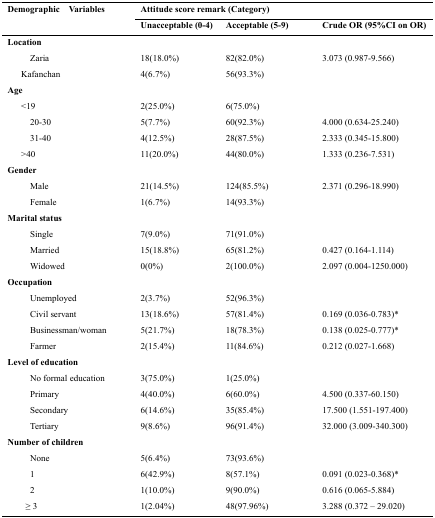
<table><thead><tr><td rowspan="2"><b>Demographic Variables</b></td><td colspan="3"><b>Attitude score remark (Category)</b></td></tr><tr><td><b>Unacceptable (0-4)</b></td><td><b>Acceptable (5-9)</b></td><td><b>Crude OR (95%CI on OR)</b></td></tr></thead><tbody><tr><td colspan="4"><b>Location</b></td></tr><tr><td>Zaria</td><td>18(18.0%)</td><td>82(82.0%)</td><td>3.073 (0.987-9.566)</td></tr><tr><td>Kafanchan</td><td>4(6.7%)</td><td>56(93.3%)</td><td></td></tr><tr><td colspan="4"><b>Age</b></td></tr><tr><td>&lt;19</td><td>2(25.0%)</td><td>6(75.0%)</td><td></td></tr><tr><td>20-30</td><td>5(7.7%)</td><td>60(92.3%)</td><td>4.000 (0.634-25.240)</td></tr><tr><td>31-40</td><td>4(12.5%)</td><td>28(87.5%)</td><td>2.333 (0.345-15.800)</td></tr><tr><td>&gt;40</td><td>11(20.0%)</td><td>44(80.0%)</td><td>1.333 (0.236-7.531)</td></tr><tr><td colspan="4"><b>Gender</b></td></tr><tr><td>Male</td><td>21(14.5%)</td><td>124(85.5%)</td><td>2.371 (0.296-18.990)</td></tr><tr><td>Female</td><td>1(6.7%)</td><td>14(93.3%)</td><td></td></tr><tr><td colspan="4"><b>Marital status</b></td></tr><tr><td>Single</td><td>7(9.0%)</td><td>71(91.0%)</td><td></td></tr><tr><td>Married</td><td>15(18.8%)</td><td>65(81.2%)</td><td>0.427 (0.164-1.114)</td></tr><tr><td>Widowed</td><td>0(0%)</td><td>2(100.0%)</td><td>2.097 (0.004-1250.000)</td></tr><tr><td colspan="4"><b>Occupation</b></td></tr><tr><td>Unemployed</td><td>2(3.7%)</td><td>52(96.3%)</td><td></td></tr><tr><td>Civil servant</td><td>13(18.6%)</td><td>57(81.4%)</td><td>0.169 (0.036-0.783)*</td></tr><tr><td>Businessman/woman</td><td>5(21.7%)</td><td>18(78.3%)</td><td>0.138 (0.025-0.777)*</td></tr><tr><td>Farmer</td><td>2(15.4%)</td><td>11(84.6%)</td><td>0.212 (0.027-1.668)</td></tr><tr><td colspan="4"><b>Level of education</b></td></tr><tr><td>No formal education</td><td>3(75.0%)</td><td>1(25.0%)</td><td></td></tr><tr><td>Primary</td><td>4(40.0%)</td><td>6(60.0%)</td><td>4.500 (0.337-60.150)</td></tr><tr><td>Secondary</td><td>6(14.6%)</td><td>35(85.4%)</td><td>17.500 (1.551-197.400)</td></tr><tr><td>Tertiary</td><td>9(8.6%)</td><td>96(91.4%)</td><td>32.000 (3.009-340.300)</td></tr><tr><td colspan="4"><b>Number of children</b></td></tr><tr><td>None</td><td>5(6.4%)</td><td>73(93.6%)</td><td></td></tr><tr><td>1</td><td>6(42.9%)</td><td>8(57.1%)</td><td>0.091 (0.023-0.368)*</td></tr><tr><td>2</td><td>1(10.0%)</td><td>9(90.0%)</td><td>0.616 (0.065-5.884)</td></tr><tr><td>≥ 3</td><td>1(2.04%)</td><td>48(97.96%)</td><td>3.288 (0.372 – 29.020)</td></tr></tbody></table>